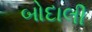
બોદાલી